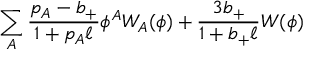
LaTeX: \sum _ { A } { \frac { p _ { A } - b _ { + } } { 1 + p _ { A } \ell } } \phi ^ { A } W _ { A } ( \phi ) + { \frac { 3 b _ { + } } { 1 + b _ { + } \ell } } W ( \phi )